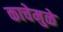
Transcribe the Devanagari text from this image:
काचेमुळे